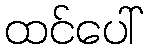
ထင်ပေါ်